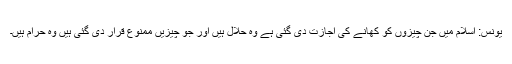
یونس: اسلام میں جن چیزوں کو کھانے کی اجازت دی گئی ہے وہ حلال ہیں اور جو چیزیں ممنوع قرار دی گئی ہیں وہ حرام ہیں۔